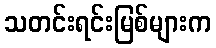
သတင်းရင်းမြစ်များက